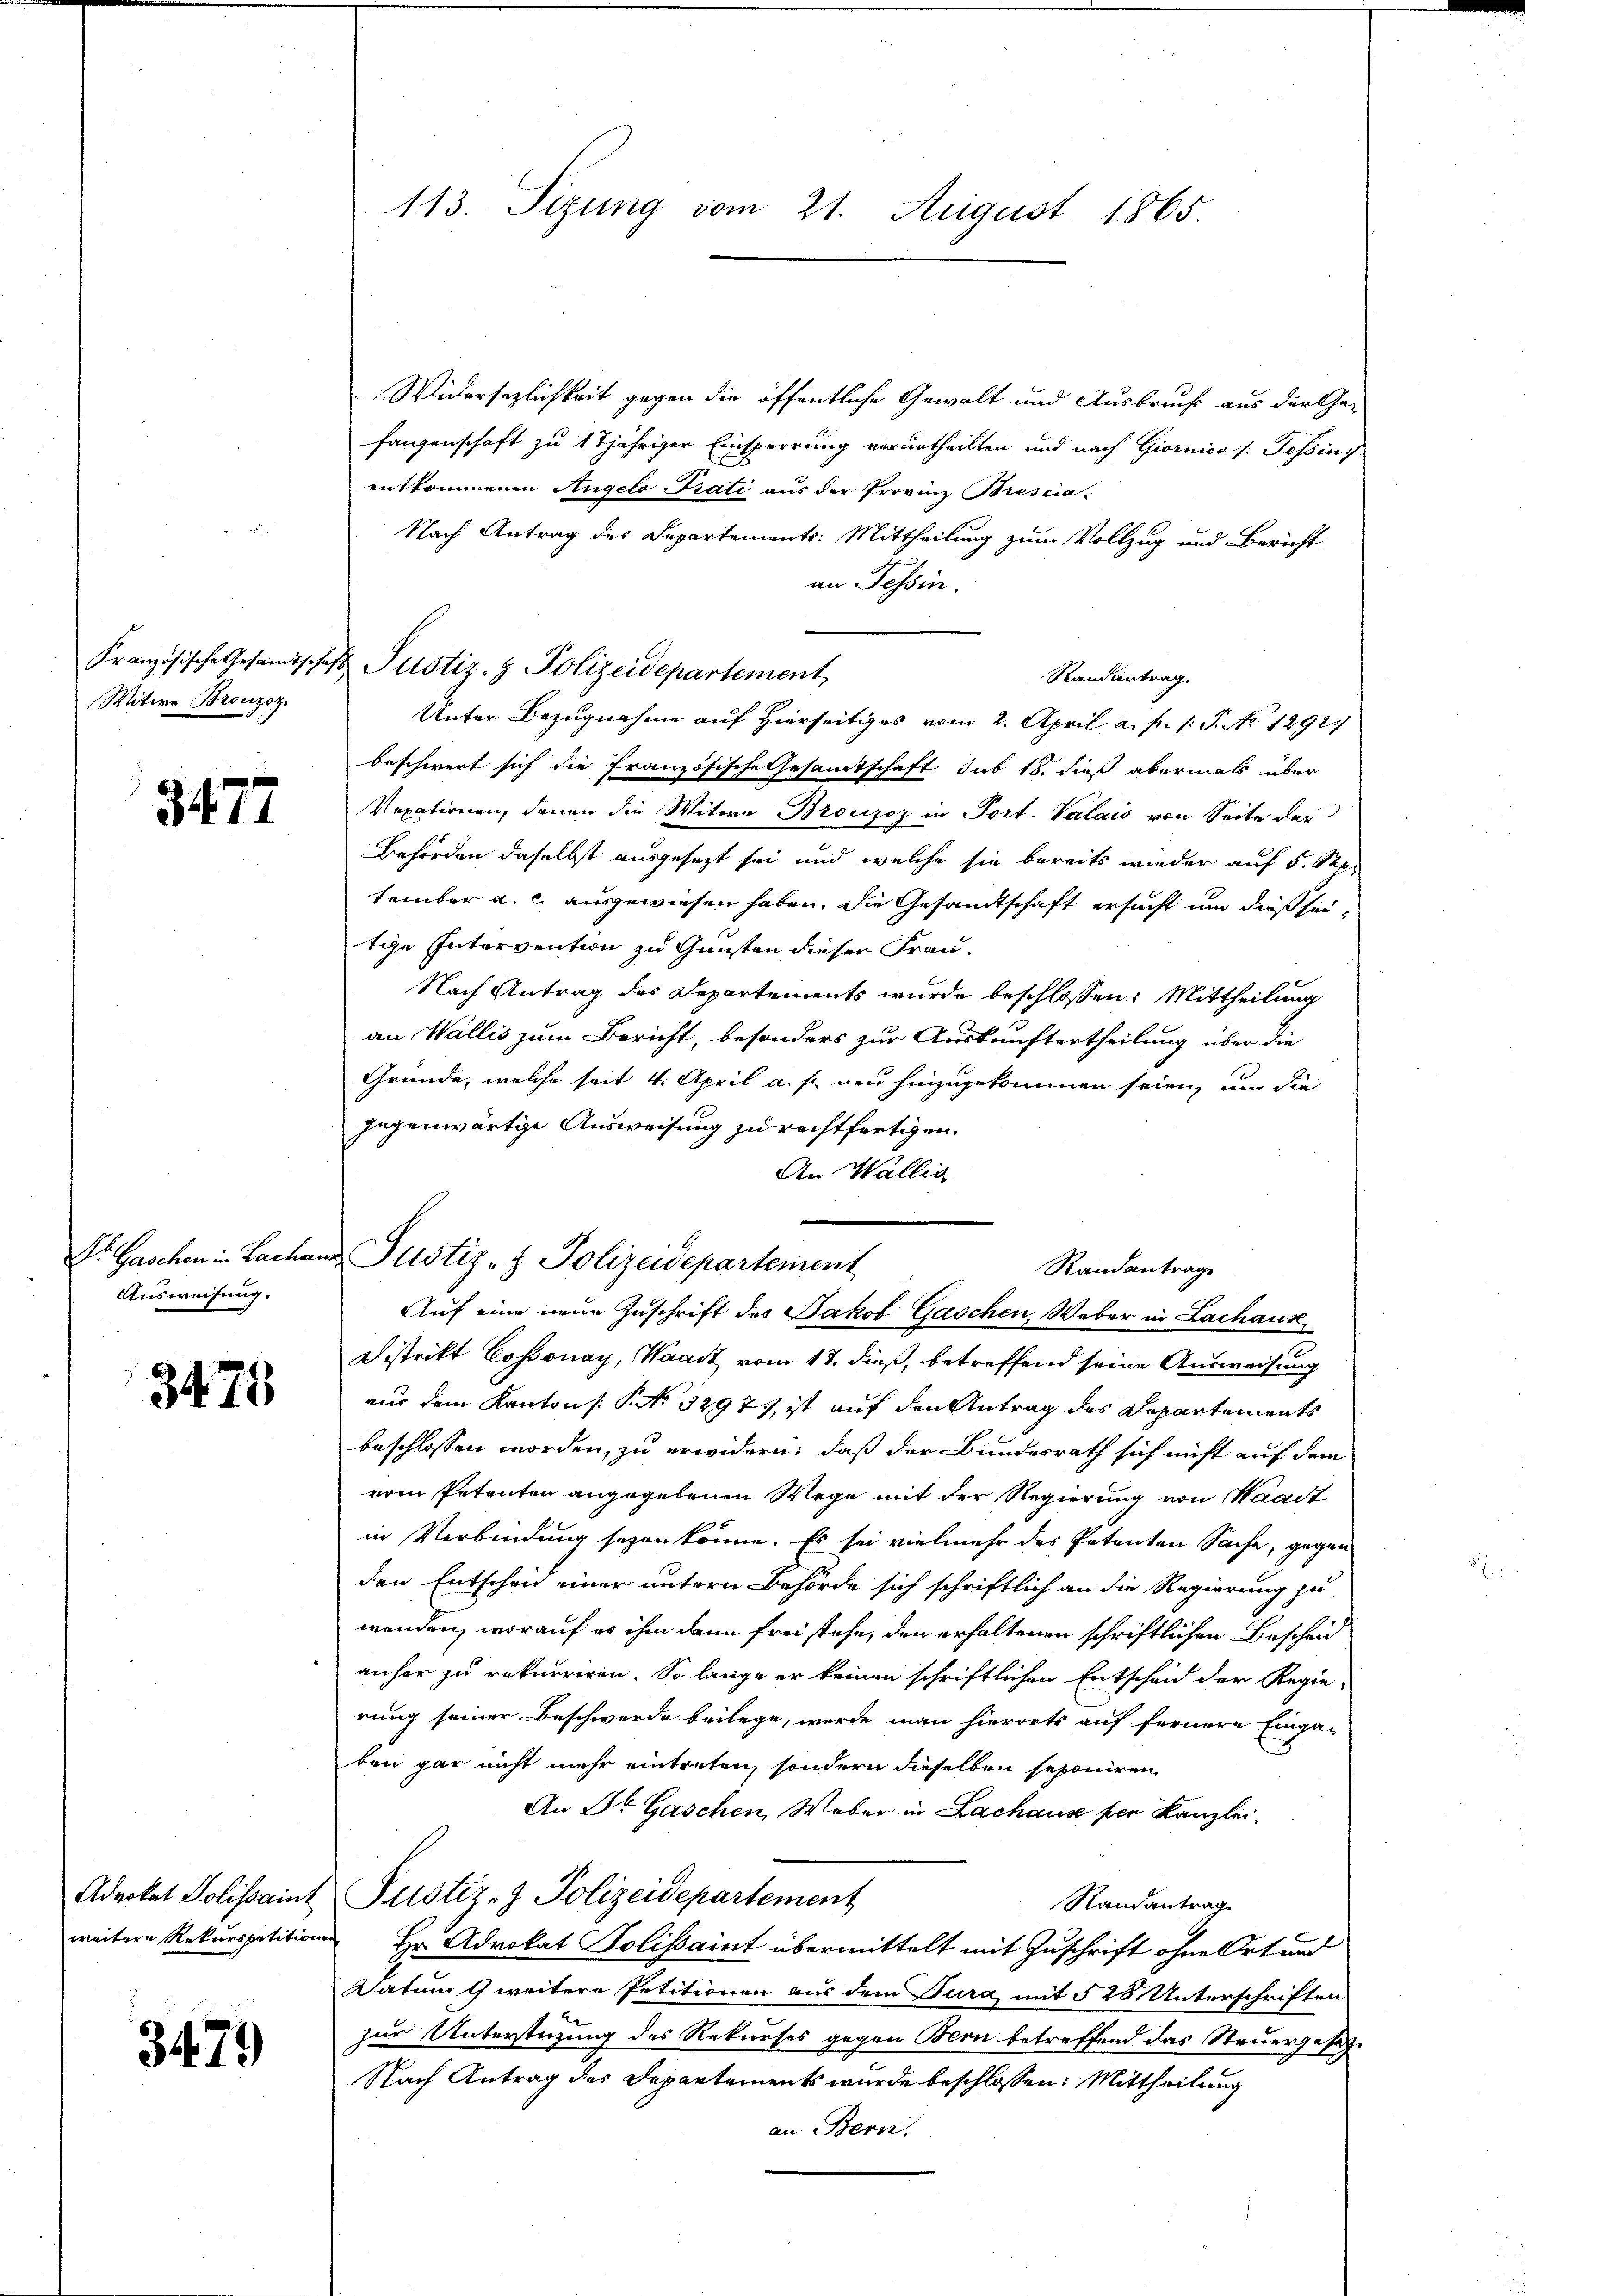
Witwe Bronzoz

3477

Dr. Geschon in Bacha
Ausweisung.

3475

Advokat Polissaint
weitere Rekurspatition

3479

Französische Gesamtschaft Pustiz- & Polizeidepartement

113. Sitzung vom 21. August 1865

Widersezlichkeit gegen die öffentliche Gewalt und Ausbruchs aus der Ge-
fangenschaft zu 17jähriger Einsperrung verurtheilten und nach Giornico [: Tessin
entkommenen Angelo Prati aus der Provinz Brescia-
Nach Antrag des Departements: Mittheilung zum Vollzug und Bericht
an Tessin.
Randantrag
Unter Bezugnahme auf Hierseitiges vom 2. April a. f. 1 S. No 12921
beschwert sich die französische Gesamtschaft sub 18. dieß abermals über
Vexationen, denen die Witwe Bronzoz in Port-Valais von Seite der
Behörden daselbst ausgesezt sei und welche sie bereits wieder auf 5. Sep
tember a. c. ausgewiesen haben, die Gesandtschaft ersucht um dießseitche Intervention zu Gunsten dieser Frau.
Nach Antrag des Departements wurde beschlossen: Mittheilung
an Wallis zum Bericht, besonders zur Auskunftertheilung über die
Gründe, welche seit 4. April a. f. nun hinzugekommen seien, um die
gegenwärtige Ausweisung zu rechtfertigen.
An Wallig
Distrikt Cossonay, Waadt vom 17. dieß, betreffend seine Ausweisung
aus dem Kanton /: P. No. 3297), ist auf den Antrag des Departements
beschlossen worden, zu erwidern, daß der Bundesrath sich nicht auf dem
vom Petenten angegebenen Wege mit der Regierung von Waadt
in Verbindung seyen könne. Es sei vielmehr des Petenten Sache, gegen
den Entschen einer untern Behörde sich schriftlich an die Regierung zu
wenden, worauf es ihm dann freistehe, den erhaltenen schriftlichen Bescheid
anher zu rekurriren. So lange er keinen schriftlichen Entscheid der Regie-
rung seiner Beschwerde beilege, werde man hierorts auf fernere Einga-
ben gar nicht mehr eintreten, sondern dieselben seponiren
An Dr Gaschen, Weber in Lachause per Kanzlei.
Justiz- & Polizeidepartement
Randantrag
Hr. Advokat Polissaint übermittelt mit Zuschrift ohne Ort und
Datum weitere Petitionen aus dem Jura, mit § 25 Unterschriften
zur Unterstüzung des Rekurses gegen Bern betreffend das Steuergesetz¬
Nach Antrag des Departements wurde beschlossen: Mittheilung
an Bern.

Justiz- & Polizeidepartement
Randantrage
Auf eine neue Zuschrift des Jakob Gaschen, Weber in Lachauk